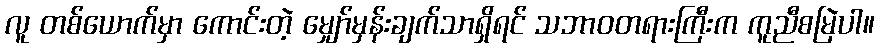
လူ တစ်ယောက်မှာ ကောင်းတဲ့ မျှော်မှန်းချက်သာရှိရင် သဘာဝတရားကြီးက ကူညီစမြဲပါ။